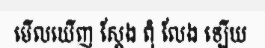
មើលឃើញ ស្តែង ពុំ លែង ឡើយ